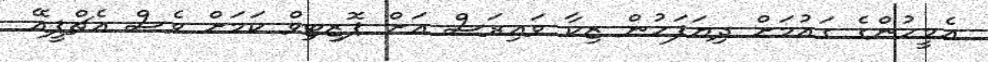
އެމީހުންގެ ގައުމަށް ދިޔަފަހުން ޒިކާ ވައިރަސް އަށް ޕޮޒިޓިވް ކަމަށް ވެސް އެޗްޕީއޭ